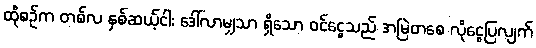
ထိုစဉ်က တစ်လ နှစ်ဆယ့်ငါး ဒေါ်လာမျှသာ ရှိသော ဝင်ငွေသည် အမြဲတစေ လိုငွေပြလျက်